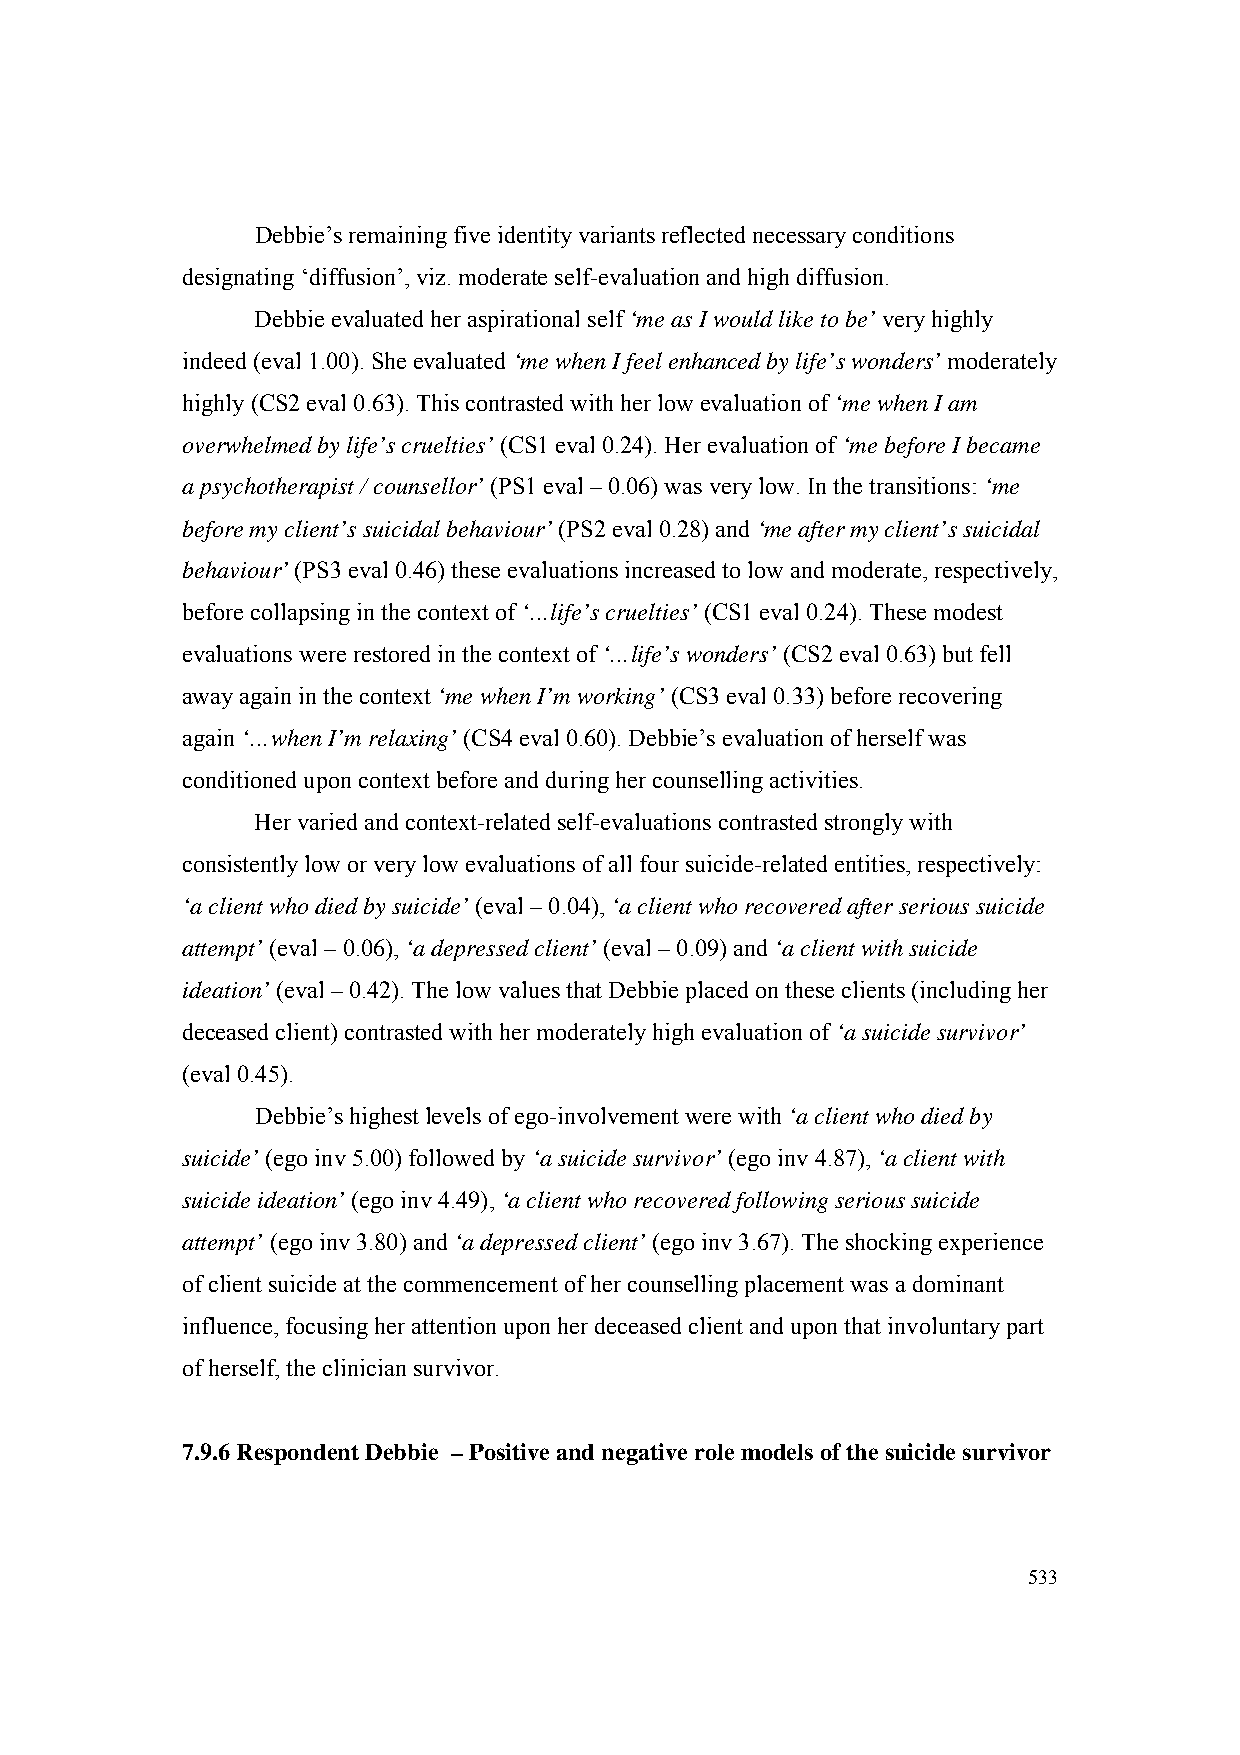
Debbie’s remaining five identity variants reflected necessary conditions
 designating ‘diffusion’, viz. moderate self-evaluation and high diffusion.
 Debbie evaluated her aspirational self ‘me as I would like to be’ very highly
 indeed (eval 1.00). She evaluated ‘me when I feel enhanced by life’s wonders’ moderately
 highly (CS2 eval 0.63). This contrasted with her low evaluation of ‘me when I am
 overwhelmed by life’s cruelties’ (CS1 eval 0.24). Her evaluation of ‘me before I became
 a psychotherapist / counsellor’ (PS1 eval – 0.06) was very low. In the transitions: ‘me
 before my client’s suicidal behaviour’ (PS2 eval 0.28) and ‘me after my client’s suicidal
 behaviour’ (PS3 eval 0.46) these evaluations increased to low and moderate, respectively,
 before collapsing in the context of ‘…life’s cruelties’ (CS1 eval 0.24). These modest
 evaluations were restored in the context of ‘…life’s wonders’ (CS2 eval 0.63) but fell
 away again in the context ‘me when I’m working’ (CS3 eval 0.33) before recovering
 again ‘…when I’m relaxing’ (CS4 eval 0.60). Debbie’s evaluation of herself was
 conditioned upon context before and during her counselling activities.
 Her varied and context-related self-evaluations contrasted strongly with
 consistently low or very low evaluations of all four suicide-related entities, respectively:
 ‘a client who died by suicide’ (eval – 0.04), ‘a client who recovered after serious suicide
 attempt’ (eval – 0.06), ‘a depressed client’ (eval – 0.09) and ‘a client with suicide
 ideation’ (eval – 0.42). The low values that Debbie placed on these clients (including her
 deceased client) contrasted with her moderately high evaluation of ‘a suicide survivor’
 (eval 0.45).
 Debbie’s highest levels of ego-involvement were with ‘a client who died by
 suicide’ (ego inv 5.00) followed by ‘a suicide survivor’ (ego inv 4.87), ‘a client with
 suicide ideation’ (ego inv 4.49), ‘a client who recovered following serious suicide
 attempt’ (ego inv 3.80) and ‘a depressed client’ (ego inv 3.67). The shocking experience
 of client suicide at the commencement of her counselling placement was a dominant
 influence, focusing her attention upon her deceased client and upon that involuntary part
 of herself, the clinician survivor.
 7.9.6 Respondent Debbie – Positive and negative role models of the suicide survivor
 533